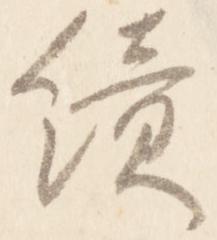
続